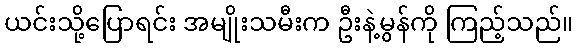
ယင်းသို့ပြောရင်း အမျိုးသမီးက ဦးနဲ့မွန်ကို ကြည့်သည်။